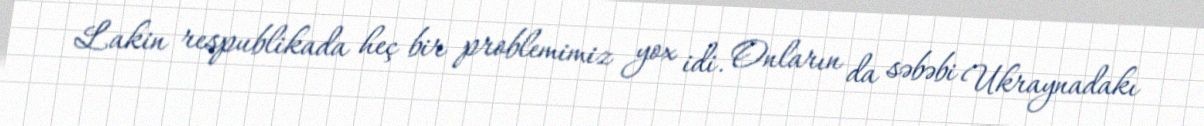
Lakin respublikada heç bir problemimiz yox idi. Onların da səbəbi Ukraynadakı